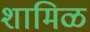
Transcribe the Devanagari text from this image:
शामिळ